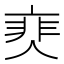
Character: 𩇰